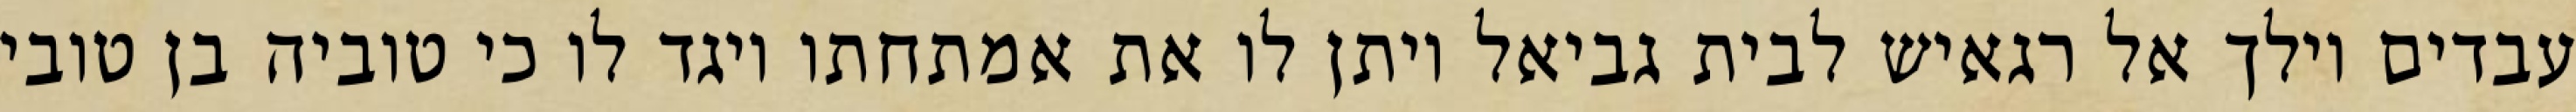
עבדים וילך אל רגאיש לבית גביאל ויתן לו את אמתחתו ויגד לו כי טוביה בן טובי